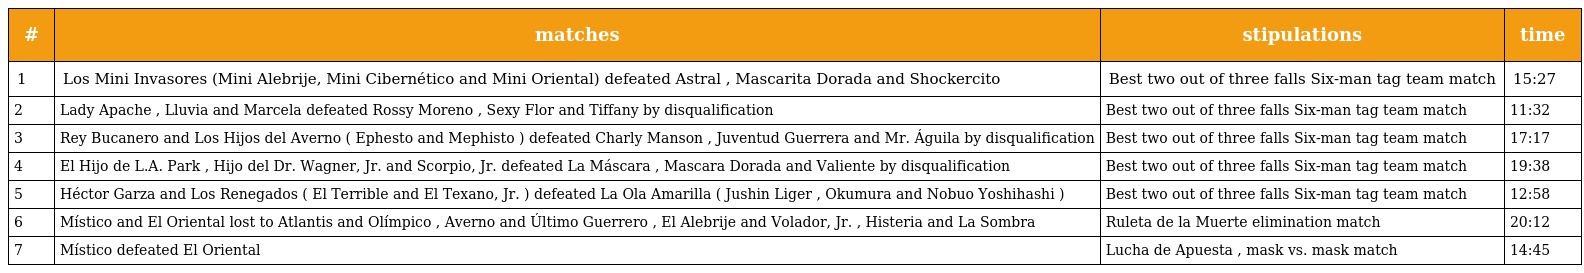
| # | matches | stipulations | time |
 | --- | --- | --- | --- |
 | 1 | Los Mini Invasores (Mini Alebrije, Mini Cibernético and Mini Oriental) defeated Astral , Mascarita Dorada and Shockercito | Best two out of three falls Six-man tag team match | 15:27 |
 | 2 | Lady Apache , Lluvia and Marcela defeated Rossy Moreno , Sexy Flor and Tiffany by disqualification | Best two out of three falls Six-man tag team match | 11:32 |
 | 3 | Rey Bucanero and Los Hijos del Averno ( Ephesto and Mephisto ) defeated Charly Manson , Juventud Guerrera and Mr. Águila by disqualification | Best two out of three falls Six-man tag team match | 17:17 |
 | 4 | El Hijo de L.A. Park , Hijo del Dr. Wagner, Jr. and Scorpio, Jr. defeated La Máscara , Mascara Dorada and Valiente by disqualification | Best two out of three falls Six-man tag team match | 19:38 |
 | 5 | Héctor Garza and Los Renegados ( El Terrible and El Texano, Jr. ) defeated La Ola Amarilla ( Jushin Liger , Okumura and Nobuo Yoshihashi ) | Best two out of three falls Six-man tag team match | 12:58 |
 | 6 | Místico and El Oriental lost to Atlantis and Olímpico , Averno and Último Guerrero , El Alebrije and Volador, Jr. , Histeria and La Sombra | Ruleta de la Muerte elimination match | 20:12 |
 | 7 | Místico defeated El Oriental | Lucha de Apuesta , mask vs. mask match | 14:45 |